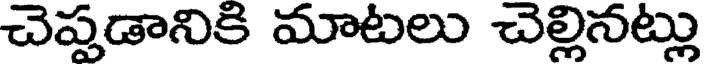
చెప్పడానికి మాటలు చెల్లినట్లు